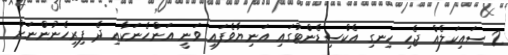
2 ސައިކަލެއް ޖެހި ހިނގި އެކްސިޑެންޓުގައި އަނިޔާވެފައި ވަނީ އަންހެނަކާއި ދެ ފިރިހެނުންނަށް